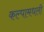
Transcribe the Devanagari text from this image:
कल्पामधली